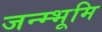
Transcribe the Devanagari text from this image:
जन्म्भूमि